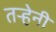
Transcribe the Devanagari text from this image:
तऱ्हेनी